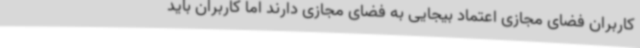
کاربران فضای مجازی اعتماد بیجایی به فضای مجازی دارند اما کاربران باید